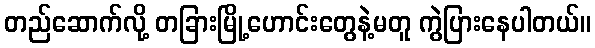
တည်ဆောက်လို့ တခြားမြို့ဟောင်းတွေနဲ့မတူ ကွဲပြားနေပါတယ်။